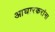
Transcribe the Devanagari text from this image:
आघारकरांना